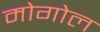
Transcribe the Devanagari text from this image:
मोगोल